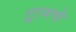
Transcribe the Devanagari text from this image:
ट्रामचे